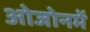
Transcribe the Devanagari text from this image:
ओजोनमें